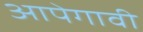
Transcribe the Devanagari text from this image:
आपेगावी